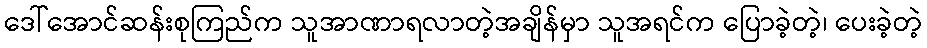
ဒေါ်အောင်ဆန်းစုကြည်က သူအာဏာရလာတဲ့အချိန်မှာ သူအရင်က ပြောခဲ့တဲ့၊ ပေးခဲ့တဲ့